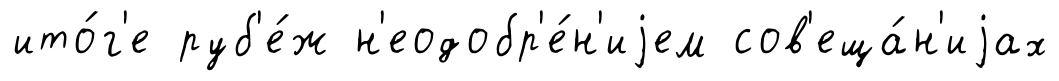
ито́г'е руб'е́ж н'еодобр'е́н'иjем сов'еща́н'иjах